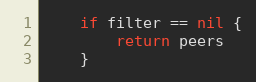
Language: Go
	if filter == nil {
		return peers
	}